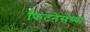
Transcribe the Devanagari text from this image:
फिटनेसच्या